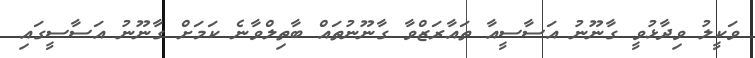
ވަކީލު ވިދާޅުވީ ގާނޫނު އަސާސީއާ ތައާރަޒްވާ ގާނޫނުތައް ބާތިލްވާނެ ކަމަށް ގާނޫނު އަސާސީގައި